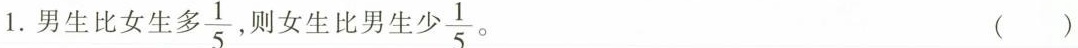
1.男生比女生多 \frac{1}{5} ，则女生比男生少 \frac{1}{5} ( )